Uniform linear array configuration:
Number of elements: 32
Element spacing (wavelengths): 0.75
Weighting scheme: binomial
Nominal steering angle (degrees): -45
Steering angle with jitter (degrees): -45.363
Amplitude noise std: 0.05
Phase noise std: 0.05

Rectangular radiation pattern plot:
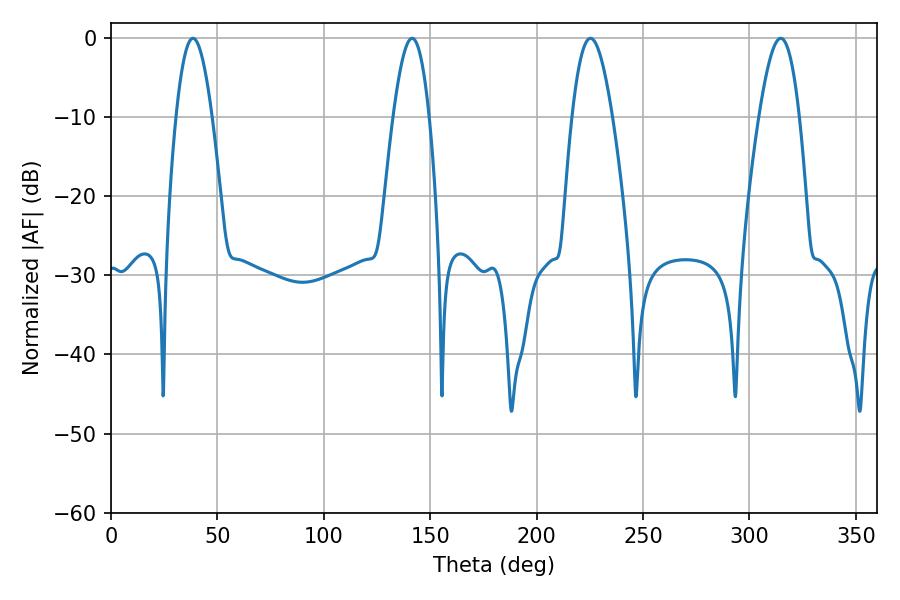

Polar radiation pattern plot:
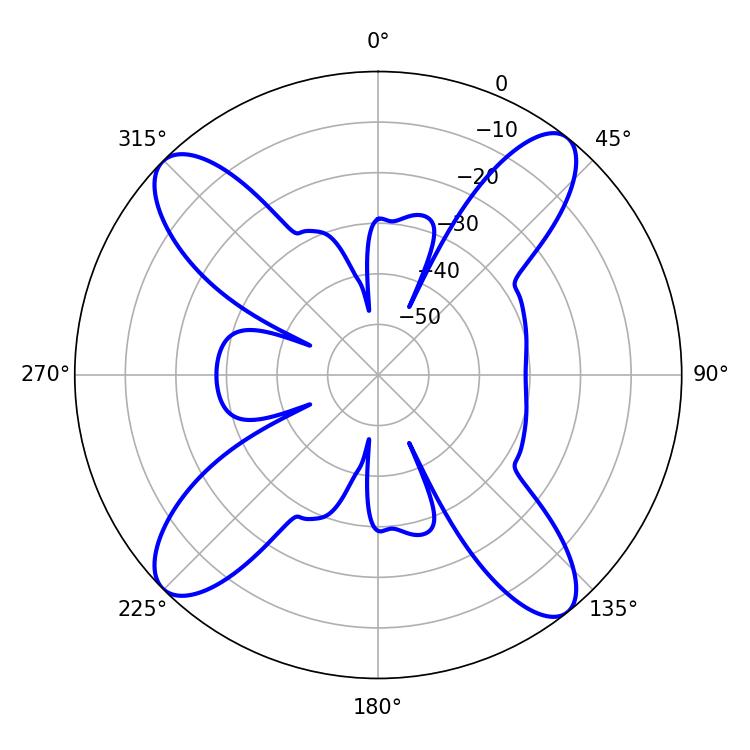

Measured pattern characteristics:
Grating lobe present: TRUE
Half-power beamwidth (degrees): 9.18
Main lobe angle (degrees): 38.52